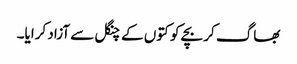
بھاگ کر بچے کو کتوں کے چنگل سے آزاد کرایا۔